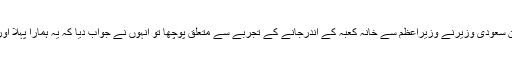
ملاقات کے دوران سعودی وزیرنے وزیراعظم سے خانہ کعبہ کے اندرجانے کے تجربے سے متعلق پوچھا تو انہوں نے جواب دیا کہ یہ ہمارا پہلا اوربہترین دورہ ہے۔